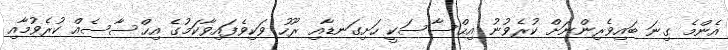
އެންމެ ގިނަ ބައިވެރިންނަށް ކުރެވުނު އިޙްސާސަކީ ހަށިގަނޑާއި ރޫހު ވަކިވެފައިވާކަމުގެ އިޙްސާސެއް ކުރެވުމާއި